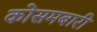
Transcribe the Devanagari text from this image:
कोसमबारी